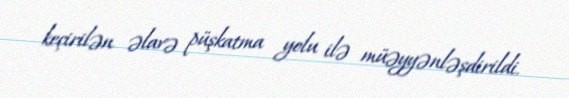
keçirilən əlavə püşkatma yolu ilə müəyyənləşdirildi.